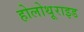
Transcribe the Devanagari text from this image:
होलोथूराइड